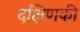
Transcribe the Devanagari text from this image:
दक्षिणकी